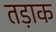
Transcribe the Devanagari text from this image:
तड़ाक